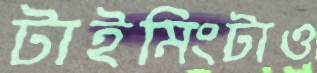
টাইমিংটাও